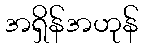
အရှိန်အဟုန်